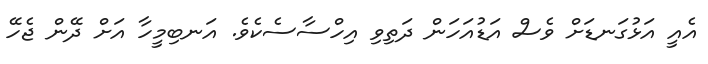
އެއީ އަޅުގަނޑަށް ވެސް އަޑުއަހަން ދަތިވި އިހްސާސެކެވެ. އަނބިމީހާ އަށް ދޭން ޖެހޭ